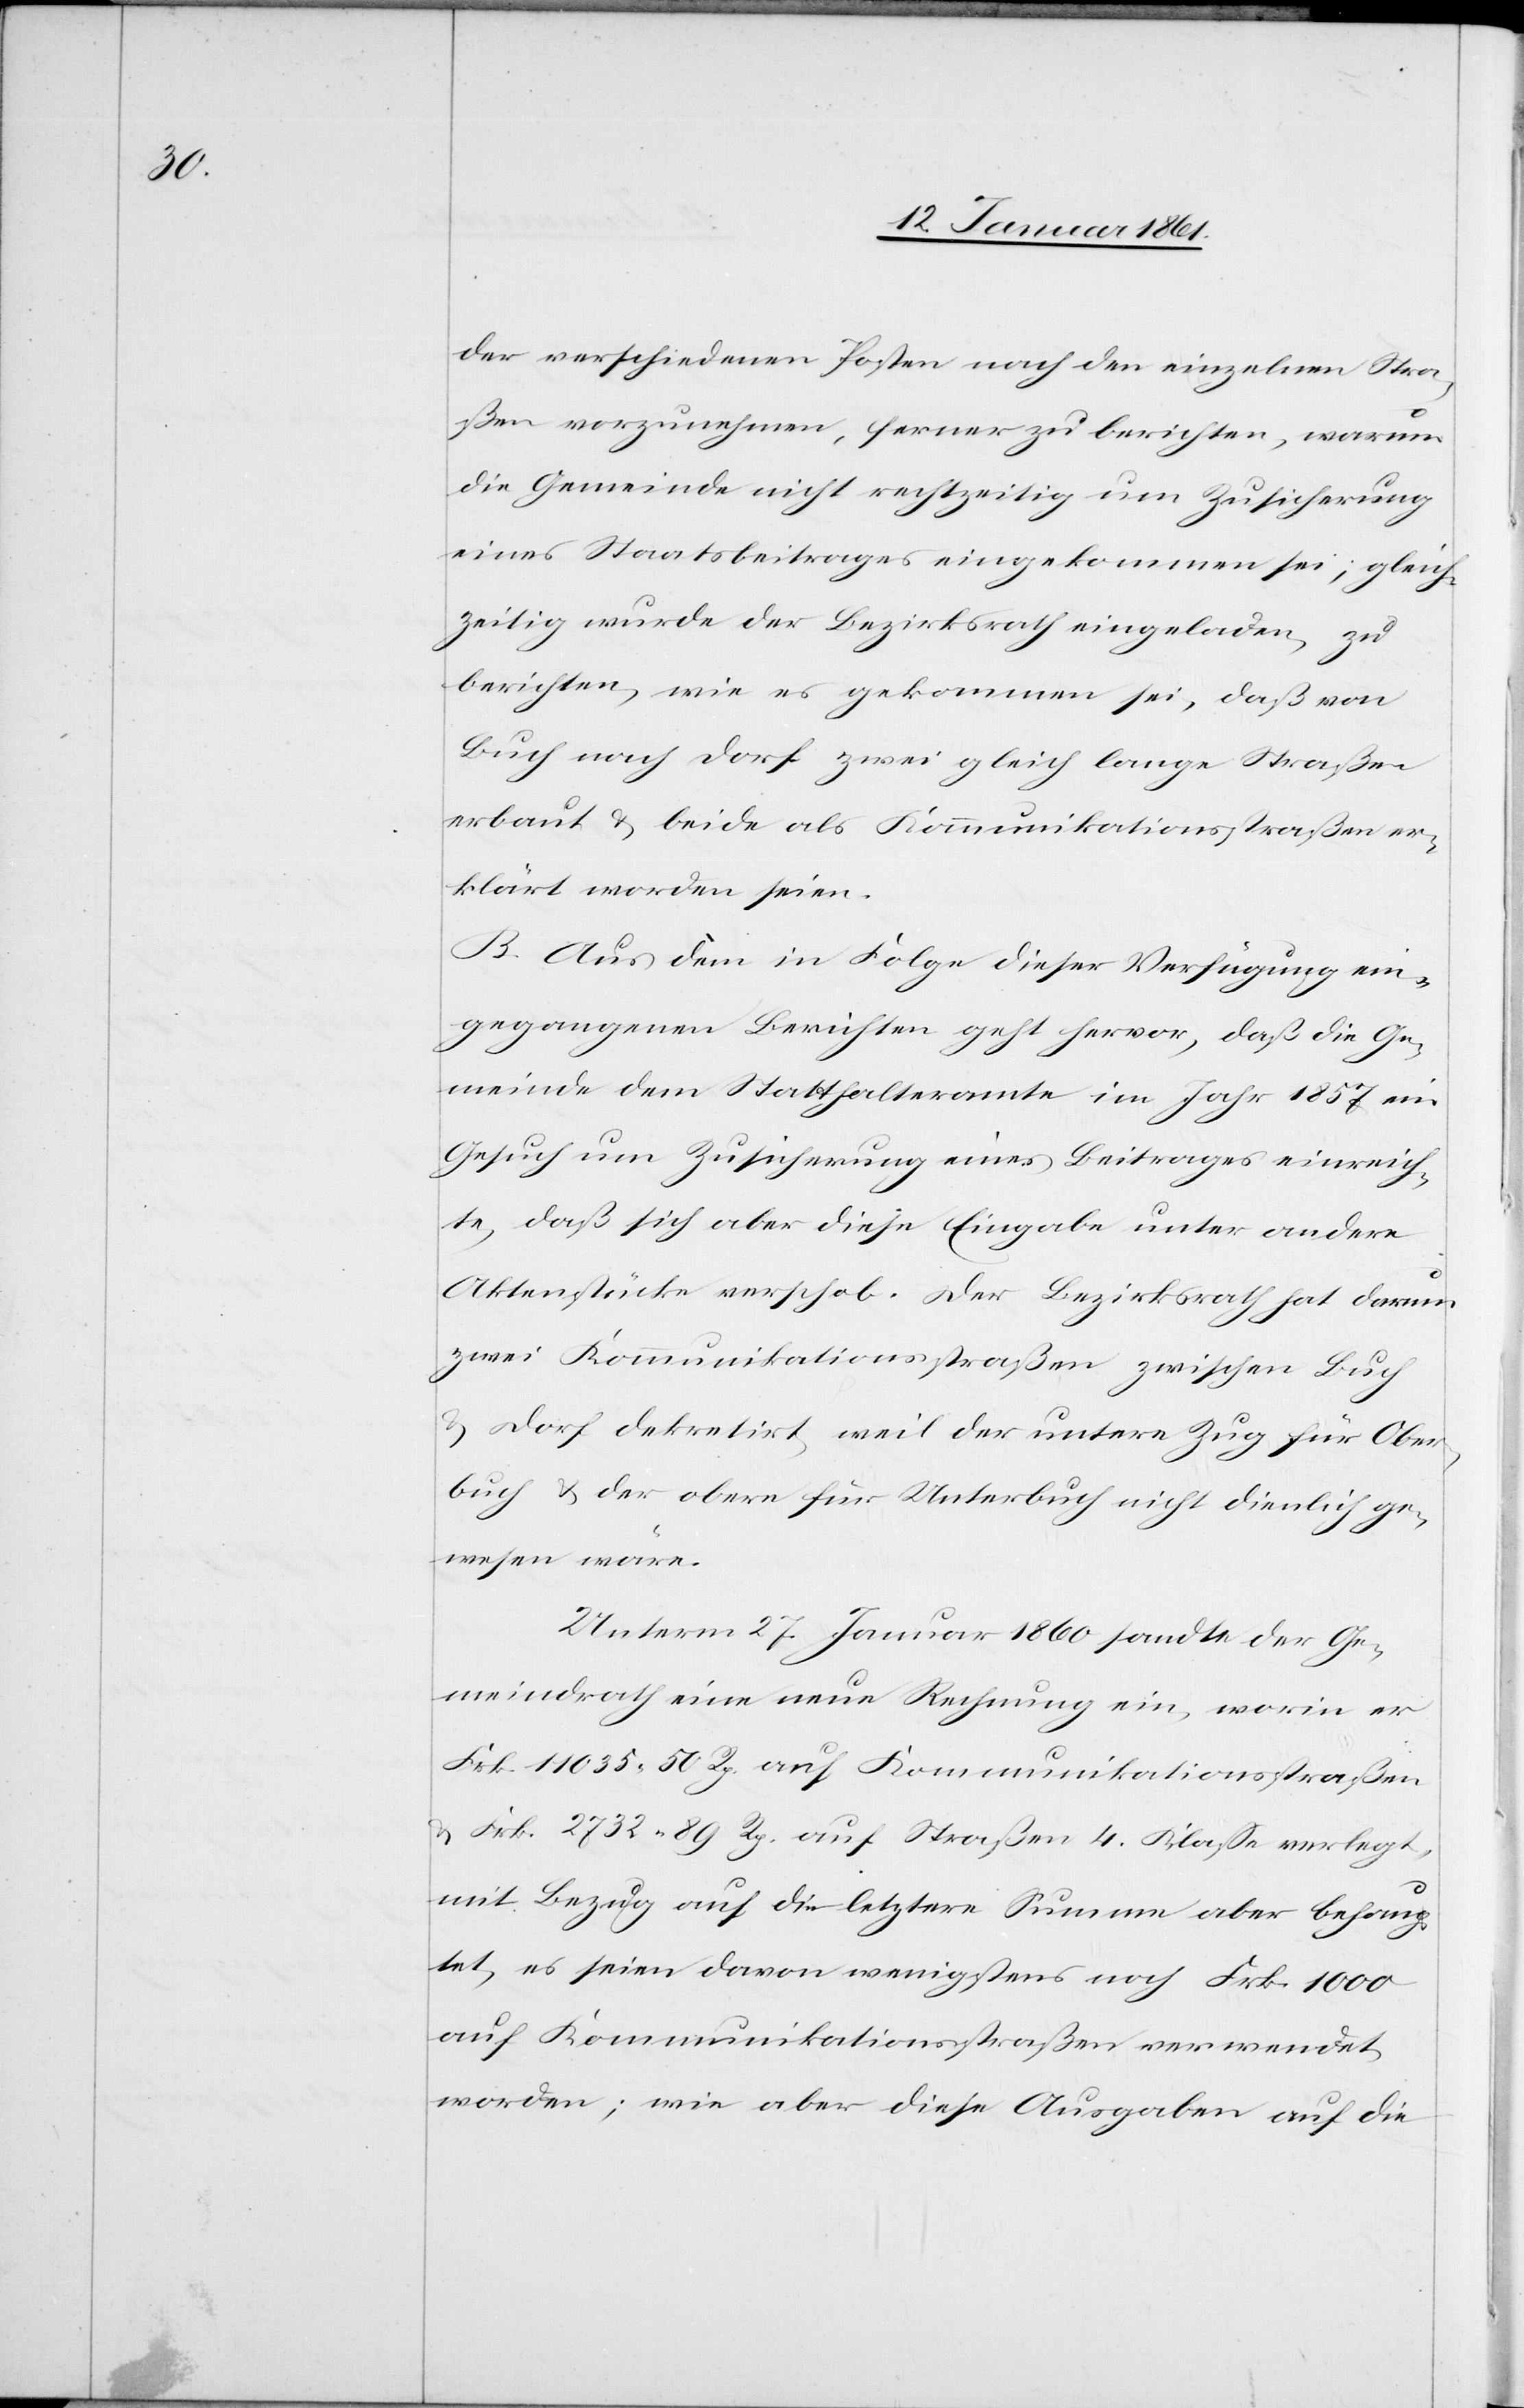
der verschiedenen Posten nach den einzelnen Stra¬
ßen vorzunehmen, ferner zu berichten, warum
die Gemeinde nicht rechtzeitig um Zusicherung
eines Staatsbeitrages eingekommen sei; gleich¬
zeitig wurde der Bezirksrath eingeladen, zu
berichten, wie es gekommen sei, daß von
Buch nach Dorf zwei gleich lange Straßen
erbaut u. beide als Kommunikationsstraßen er¬
klärt worden seien.
B. Aus dem [sic!] in Folge dieser Verfügung ein¬
gegangenen Berichten geht hervor, daß die Ge¬
meinde dem Statthalteramte im Jahr 1857 ein
Gesuch um Zusicherung eines Beitrages einreich¬
te, daß sich aber diese Eingabe unter andere
Aktenstücke verschob. Der Bezirksrath hat darum
zwei Kommunikationsstraßen zwischen Buch
u. Dorf dekretirt, weil der untere Zug für Ober¬
buch u. der obere für Unterbuch nicht dienlich ge¬
wesen wäre.
Unterm 27. Januar 1860 sandte der Ge¬
meindrath eine neue Rechnung ein, worin er
Frk. 11 035 50 Rp. auf Straßen 4 Klasse verlegt,
mit Bezug auf die letztere Summe aber behaup¬
tet, es seien davon wenigstens noch Frk. 1000
auf Kommunikationsstraßen verwendet
worden; wie aber diese Ausgaben auf die